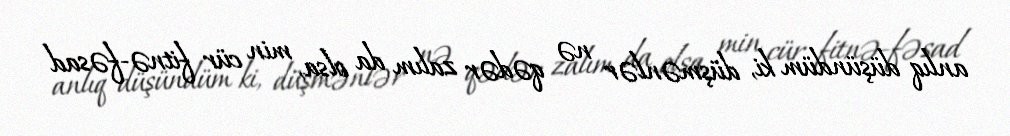
anlıq düşündüm ki, düşmənlər nə qədər zalım da olsa, min cür fitnə-fəsad